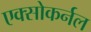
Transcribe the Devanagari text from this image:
एक्सोकर्नल